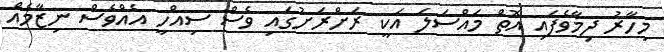
މިހާރު ދިމާވެފައި އޮތް މައްސަލަ އަކީ ރަށްރަށުގައި ވެސް ސިއްހީ އެއްވެސް ނިޒާމެއް